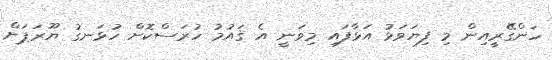
ހަންގޭރީއިން މި ފިޔަވަޅު އަޅާފައި މިވަނީ އެ ޤައުމު ހުރަސްކޮށް ހުޅަނގު ޔޫރަޕަށް